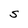
Character: S